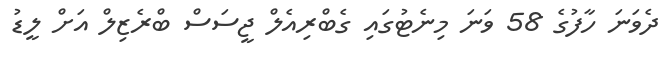
ދެވަނަ ހާފުގެ 58 ވަނަ މިނެޓުގައި ގެބްރިއެލް ޖީސަސް ބްރެޒިލް އަށް ލީޑު